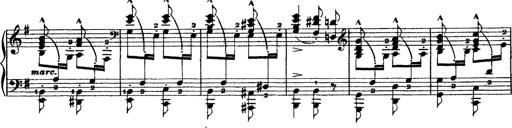
Title: Grandes Ã©tudes de Paganini
Composer: Franz Liszt